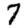
Digit: 7